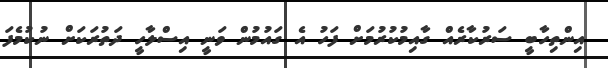
އިންތިހާބީ ސަރުކާރެއް ގާއިމުކުރުމަށް ފަހު އެ ގައުމުން ވަނީ އިސްލާހީ ދަތުރަކަށް ނުކުމެފަ